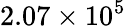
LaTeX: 2.07\times 10^{5}